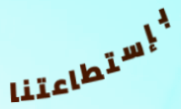
بإستطاعتنا